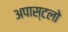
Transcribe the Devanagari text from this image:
अपास्टलो